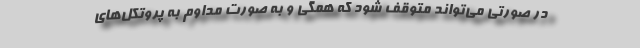
در صورتی می‌تواند متوقف شود که همگی و به صورت مداوم به پروتکل‌های